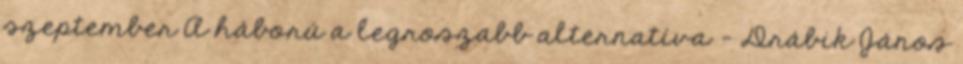
szeptember A háború a legroszabb alternatíva - Drábik János